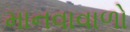
માનવાવાળો